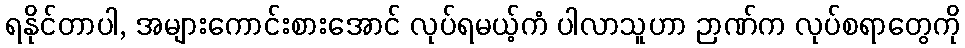
ရနိုင်တာပါ, အများကောင်းစားအောင် လုပ်ရမယ့်ကံ ပါလာသူဟာ ဉာဏ်က လုပ်စရာတွေကို